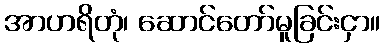
အာဟရိတုံ၊ ဆောင်တော်မူခြင်းငှာ။